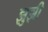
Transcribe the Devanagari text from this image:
झुझी